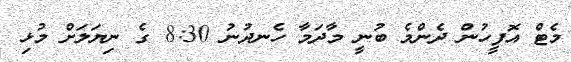
މެޓް އޮފީހުން ދެންމެ ބުނީ މާދަމާ ހެނދުނު 8:30 ގެ ނިޔަލަށް މުޅި